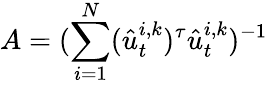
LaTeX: A=(\sum_{i=1}^{N}(\hat{u}_{t}^{i,k})^{\tau}\hat{u}_{t}^{i,k})^{-1}